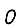
Digit: 0